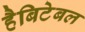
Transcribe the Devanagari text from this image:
हैबिटेबल